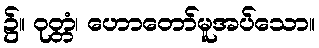
၌။ ဝုတ္တံ၊ ဟောတော်မူအပ်သော။